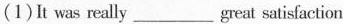
(1)It was really___great satisfaction